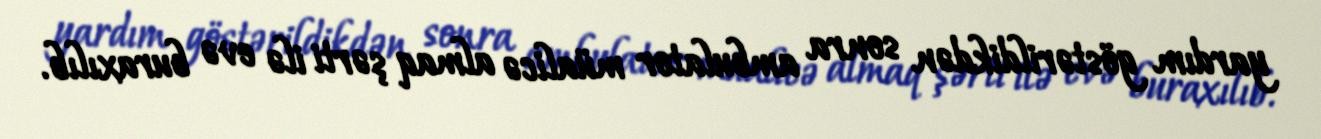
yardım göstərildikdən sonra ambulator müalicə almaq şərti ilə evə buraxılıb.